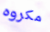
مكروه